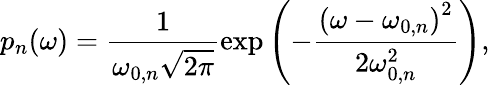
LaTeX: p_{n}(\omega)=\frac{1}{\omega_{0,n}\sqrt{2\pi}}\exp\left(-\frac{\left(\omega-\omega_{0,n}\right)^{2}}{2\omega_{0,n}^{2}}\right),